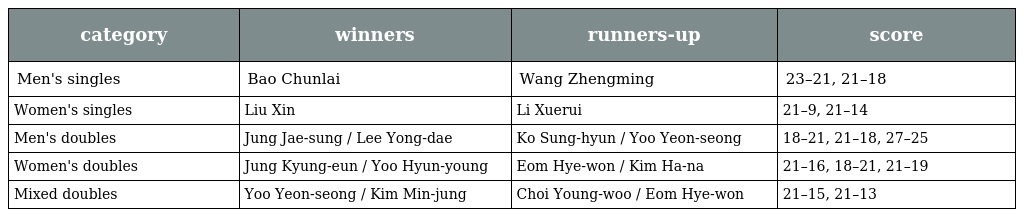
| category | winners | runners-up | score |
 | --- | --- | --- | --- |
 | Men's singles | Bao Chunlai | Wang Zhengming | 23–21, 21–18 |
 | Women's singles | Liu Xin | Li Xuerui | 21–9, 21–14 |
 | Men's doubles | Jung Jae-sung / Lee Yong-dae | Ko Sung-hyun / Yoo Yeon-seong | 18–21, 21–18, 27–25 |
 | Women's doubles | Jung Kyung-eun / Yoo Hyun-young | Eom Hye-won / Kim Ha-na | 21–16, 18–21, 21–19 |
 | Mixed doubles | Yoo Yeon-seong / Kim Min-jung | Choi Young-woo / Eom Hye-won | 21–15, 21–13 |